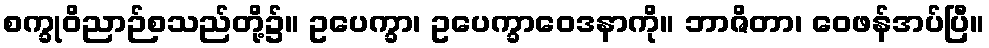
စက္ခုဝိညာဉ်စသည်တို့၌။ ဥပေက္ခာ၊ ဥပေက္ခာဝေဒနာကို။ ဘာဇိတာ၊ ဝေဖန်အပ်ပြီ။